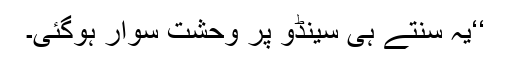
‘‘یہ سنتے ہی سینڈو پر وحشت سوار ہوگئی۔